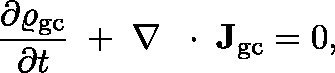
\frac { \partial \varrho _ { \mathrm { g c } } } { \partial t } \; + \; \nabla \, \mathrm { ~ \boldmath ~ \cdot ~ } \, { \bf J } _ { \mathrm { g c } } = 0 ,